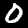
Digit: 0